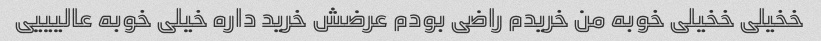
خخیلی خخیلی خوبه من خریدم راضی بودم عرضش خرید داره خیلی خوبه عالیییی